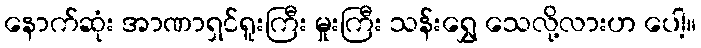
နောက်ဆုံး အာဏာရှင်ရူးကြီး မှုးကြီး သန်းရွှေ သေလို့လားဟ ပေါ့။